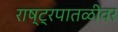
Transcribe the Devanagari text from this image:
राष्ट्रपातळीवर